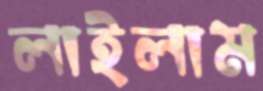
লাইলাম